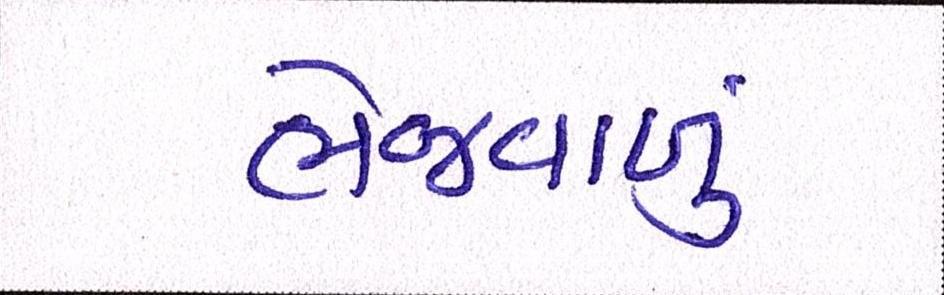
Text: ભેજવાળું